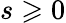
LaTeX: s\geqslant 0